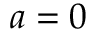
a = 0